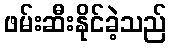
ဖမ်းဆီးနိုင်ခဲ့သည်